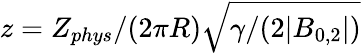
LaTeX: z=Z_{phys}/(2\pi R)\sqrt{\gamma/(2|B_{0,2}|)}